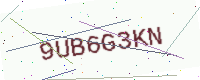
Text: 9UB6G3KN